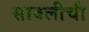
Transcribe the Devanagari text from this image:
सावलीची